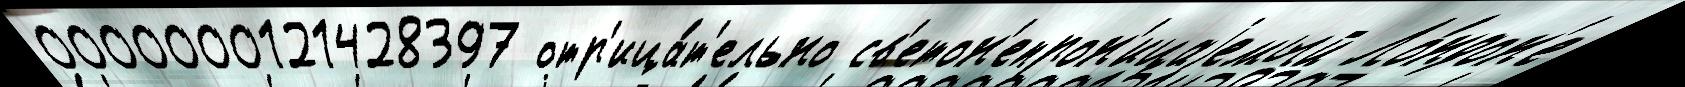
0000000121428397 отр'ица́т'ельно св'етон'епрон'ицаjемый Ло́ндон'е